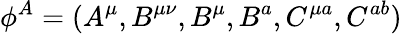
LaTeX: {\phi}^{A}=(A^{\mu},B^{\mu\nu},B^{\mu},B^{a},C^{\mu a},C^{ab})